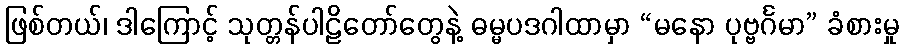
ဖြစ်တယ်၊ ဒါကြောင့် သုတ္တန်ပါဠိတော်တွေနဲ့ ဓမ္မပဒဂါထာမှာ “မနော ပုဗ္ဗင်္ဂမာ” ခံစားမှု